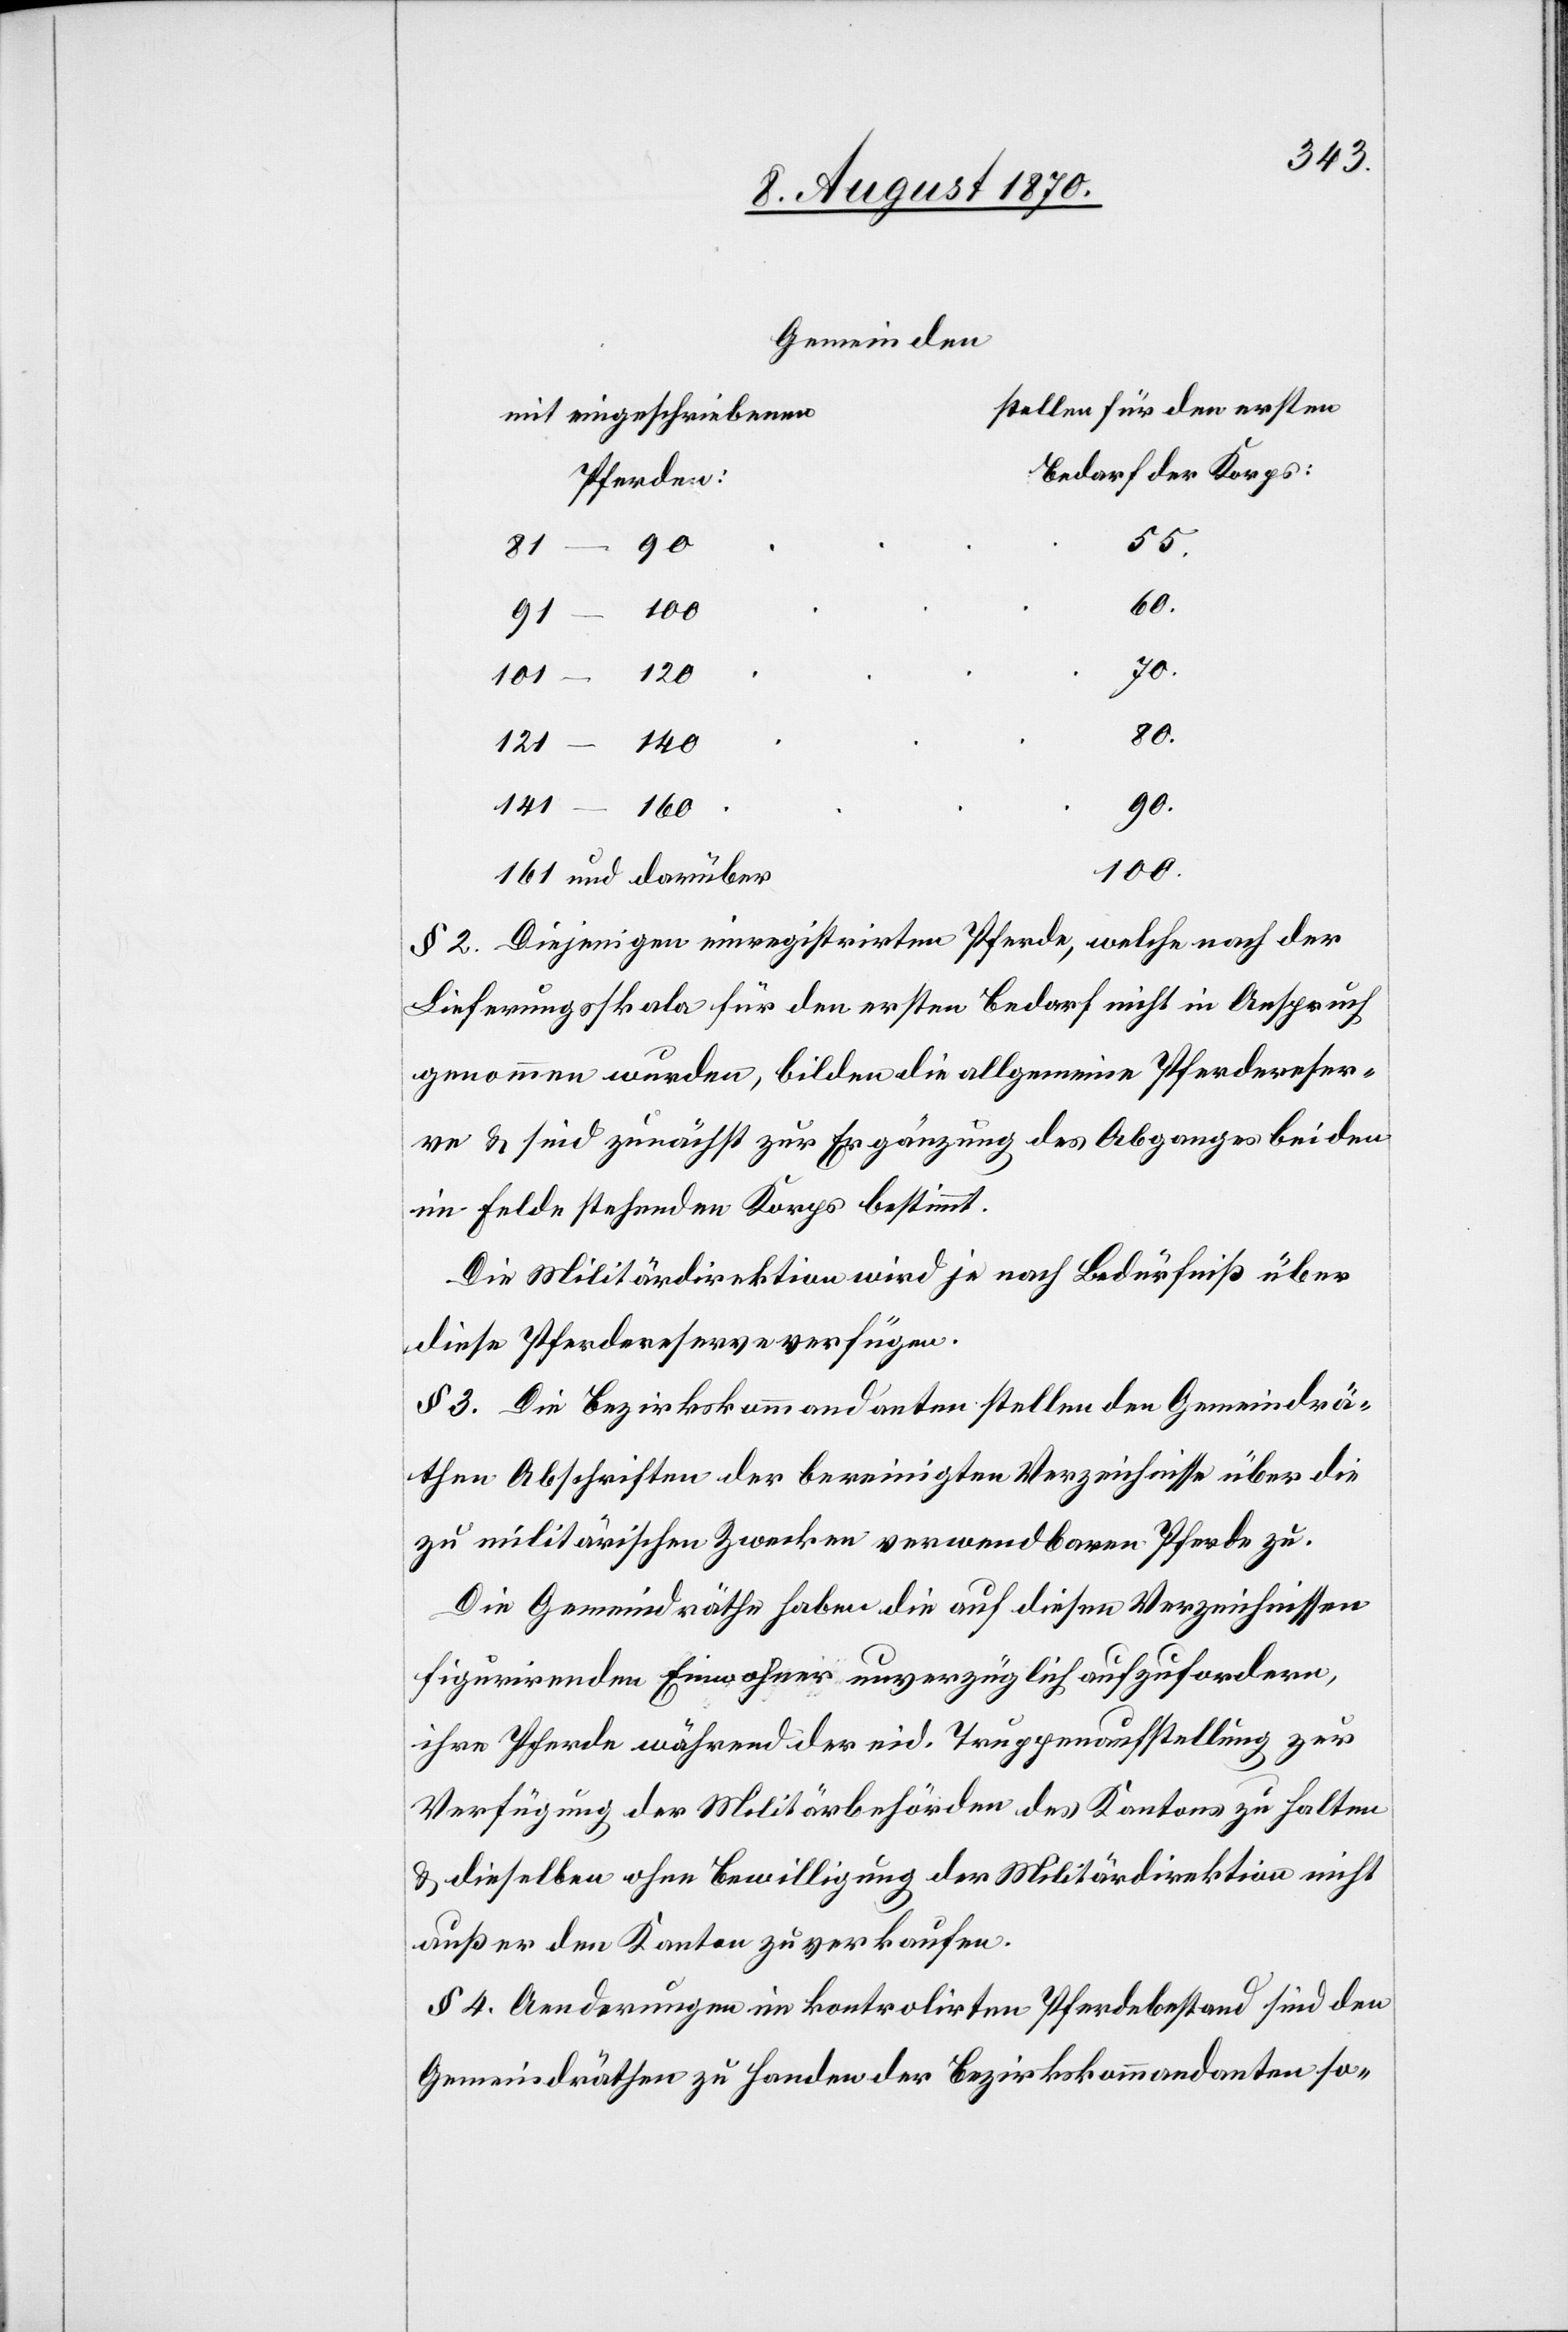
55.
60.
101–120
80.
121–140
141–160
90.
100.
161 und darüber
§ 2. Diejenigen einregistrirten Pferde, welche nach der
Lieferungsskala für den ersten Bedarf nicht in Anspruch
genommen wurden, bilden die allgemeine Pferdereser¬
ve & sind zunächst zur Ergänzung des Abganges bei den
im Felde stehenden Korps bestimmt.
Die Militärdirektion wird je nach Bedürfniß über
diese Pferdereserve verfügen.
§ 3. Die Bezirkskommandanten stellen den Gemeindrä¬
then Abschriften der bereinigten Verzeichnisse über die
zu militärischen Zwecken verwendbaren Pferde zu.
Die Gemeindräthe haben die auf diesen Verzeichnissen
figurirenden Einwohner unverzüglich aufzufordern,
ihnen Pferde während der eid. Truppenaufstellung zur
Verfügung der Militärbehörden des Kantons zu halten
& dieselben ohne Bewilligung der Militärdirektion nicht
außer den Kanton zu verkaufen.
§ 4 Aenderungen im kontrolirten Pferdebestand sind den
Gemeindräthen zu Handen der Bezirkskommandanten so-